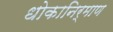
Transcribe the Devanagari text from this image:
धोकानिर्माण